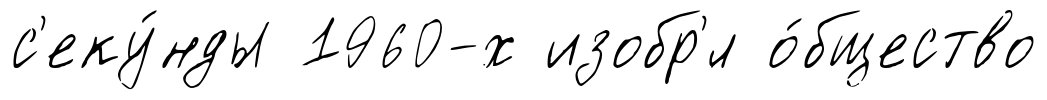
с'еку́нды 1960-х изобр'́л о́бщество